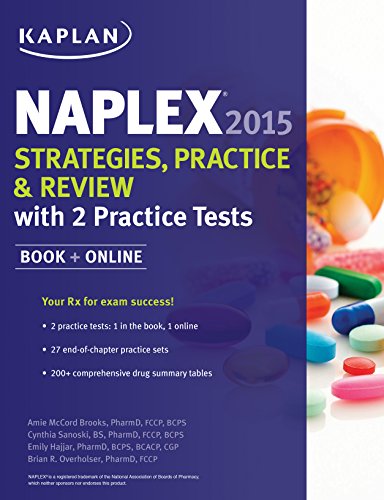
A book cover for NAPLEX 2015 Strategies, Practice, and Review with 2 Practice Tests (Kaplan Medical Naplex); Amie Brooks Pharm.D.  BCPS  CDE; Education & Teaching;